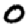
Digit: 0